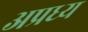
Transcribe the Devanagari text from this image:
अप्रध्य